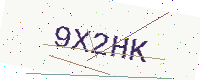
Text: 9X2HK